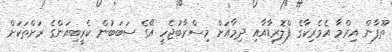
ތޫފާން އިރްމާ އެމެރިކާގެ ފްލޮރިޑާއާއި ދިމާއަށް މިސްރާބުޖެހީ އޭގެ ސަބަބުން ކެރީބިއަންގެ ރަށްތަކަށް